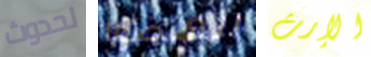
لحدوث انهضوا الإرث